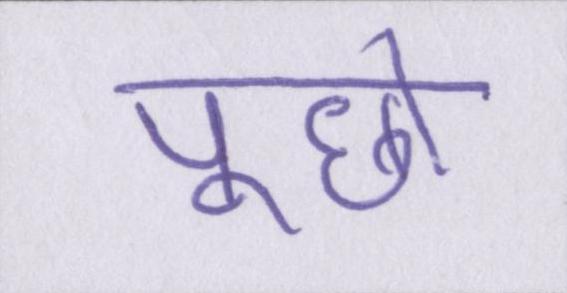
पूछो